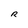
Character: R